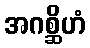
အဂစ္ဆိဟံ